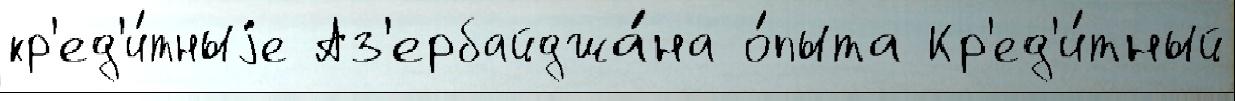
кр'ед'и́тныjе Аз'ербайджа́на о́пыта Кр'ед'и́тный